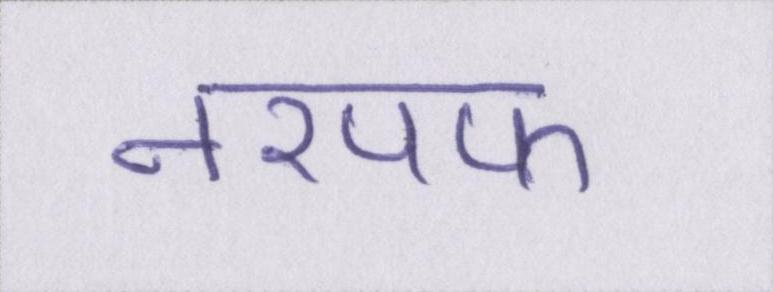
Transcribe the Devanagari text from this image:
तरपफ